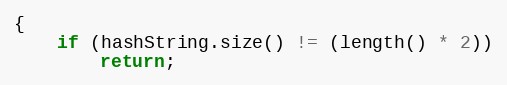
Language: C++
{
    if (hashString.size() != (length() * 2))
        return;